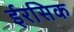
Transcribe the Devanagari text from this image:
ईरसिक